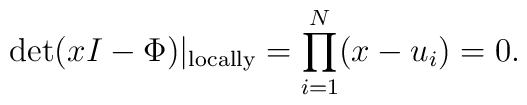
\det (x I - \Phi)|_{{\rm locally}}=\prod_{i=1}^N (x-u_i)=0.